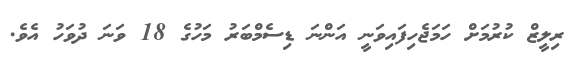
ރިލީޒް ކުރުމަށް ހަމަޖެހިފައިވަނީ އަންނަ ޑިސެމްބަރު މަހުގެ 18 ވަނަ ދުވަހު އެވެ.